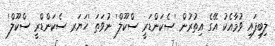
ލިބިފައި ވުމާއެކު އޭގެ އިތުރުން 'ސެކަންޑަރީ ސްކޫލް' ނުވަތަ 'ހަޔަރ ސެކަންޑްރީ ސްކޫލް'